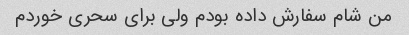
من شام سفارش داده بودم ولی برای سحری خوردم